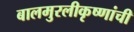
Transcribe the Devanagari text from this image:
बालमुरलीकृष्णांची